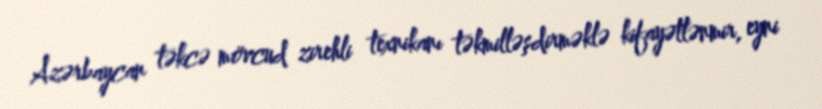
Azərbaycan təkcə mövcud zirehli texnikanı təkmilləşdirməklə kifayətlənmir, eyni